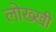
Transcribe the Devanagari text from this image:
लोख्खी